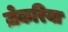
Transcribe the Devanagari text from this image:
ज़ेकरिया